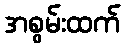
အစွမ်းထက်